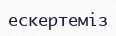
ескертеміз